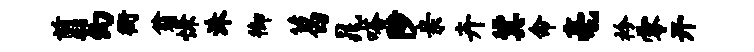
翦幻衙翁慊洙御葛晁嗒陟亲卉冀命毫衿零开